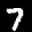
Label: 7